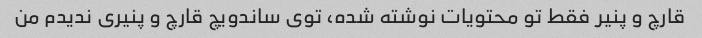
قارچ و پنیر فقط تو محتویات نوشته شده، توی ساندویچ قارچ و پنیری ندیدم من